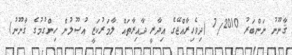
ޤާނޫނު ނަންބަރު 7/2010 (ދިވެހިރާއްޖޭގެ އިދާރީ ދާއިރާތައް ލާމަރުކަޒީ އުޞޫލުން ހިންގުމުގެ ޤާނޫނު)